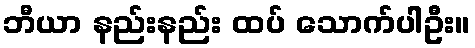
ဘီယာ နည်းနည်း ထပ် သောက်ပါဦး။